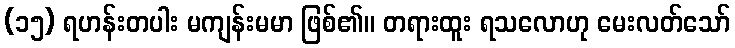
(၁၅) ရဟန်းတပါး မကျန်းမမာ ဖြစ်၏။ တရားထူး ရသလောဟု မေးလတ်သော်